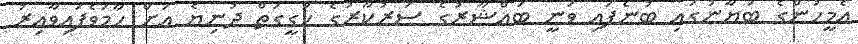
އެމީހުންގެ ބަޔާނުގައި ބުނެފައި ވަނީ ބައްޝާރުގެ ސަރުކާރުގެ ހަގީގަތް ދުނިޔެ އަށް ހާމަވެފައިވާއިރު